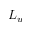
L _ { u }